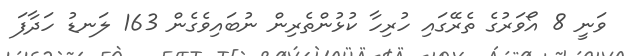
ވަނީ 8 އޯވަރުގެ ތެރޭގައި ހުރިހާ ކުޅުންތެރިން ނުބައިވެގެން 163 ލަނޑު ހަދާފަ